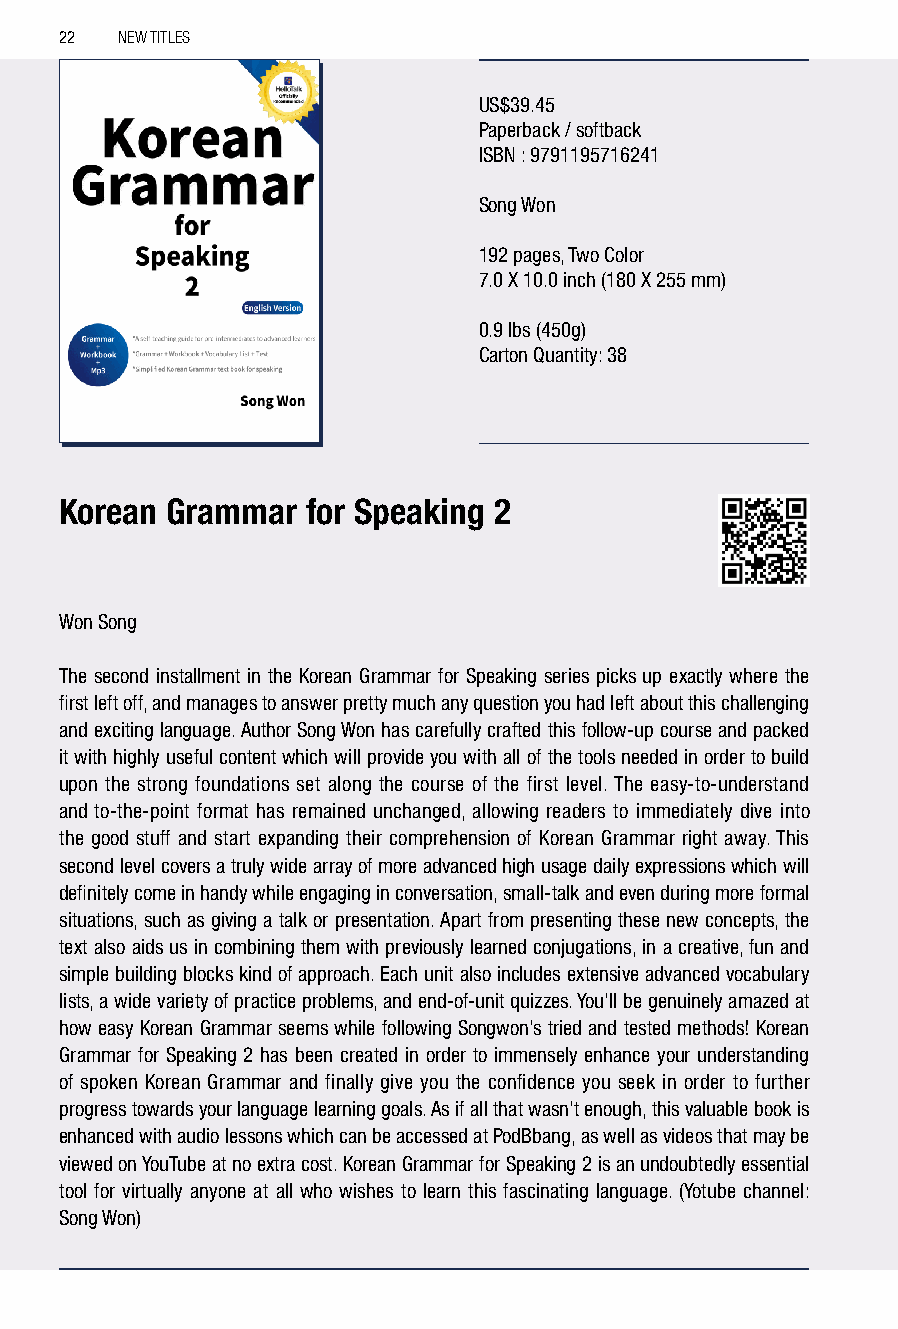
22  NEW TITLES
 US$39.45
 Paperback / softback
 ISBN : 9791195716241
 Song Won
 192 pages, Two Color
 7.0 X 10.0 inch (180 X 255 mm)
 0.9 lbs (450g)
 Carton Quantity: 38
 Korean Grammar  for Speaking 2
 Won Song
 The second installment in the Korean Grammar for Speaking series picks up exactly where the
 first left off, and manages to answer pretty much any question you had left about this challenging
 and exciting language. Author Song Won has carefully crafted this follow-up course and packed
 it with highly useful content which will provide you with all of the tools needed in order to build
 upon the strong foundations set along the course of the first level. The easy-to-understand
 and to-the-point format has remained unchanged, allowing readers to immediately dive into
 the good stuff and start expanding their comprehension of Korean Grammar right away. This
 second level covers a truly wide array of more advanced high usage daily expressions which will
 definitely come in handy while engaging in conversation, small-talk and even during more formal
 situations, such as giving a talk or presentation. Apart from presenting these new concepts, the
 text also aids us in combining them with previously learned conjugations, in a creative, fun and
 simple building blocks kind of approach. Each unit also includes extensive advanced vocabulary
 lists, a wide variety of practice problems, and end-of-unit quizzes. You’ll be genuinely amazed at
 how easy Korean Grammar seems while following Songwon’s tried and tested methods! Korean
 Grammar for Speaking 2 has been created in order to immensely enhance your understanding
 of spoken Korean Grammar and finally give you the confidence you seek in order to further
 progress towards your language learning goals. As if all that wasn’t enough, this valuable book is
 enhanced with audio lessons which can be accessed at PodBbang, as well as videos that may be
 viewed on YouTube at no extra cost. Korean Grammar for Speaking 2 is an undoubtedly essential
 tool for virtually anyone at all who wishes to learn this fascinating language. (Yotube channel:
 Song Won)